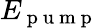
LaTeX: E_{\mathrm{~p~u~m~p~}}